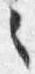
之